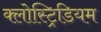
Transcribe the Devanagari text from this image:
क्लोस्ट्रिडियम